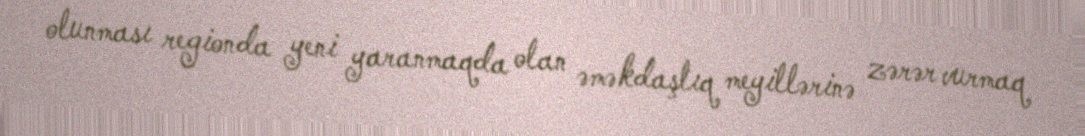
olunması regionda yeni yaranmaqda olan əməkdaşlıq meyillərinə zərər vurmaq